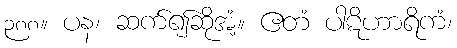
၃၈၈။ ပန၊ ဆက်၍ဆိုအံ့။ ဧတံ ပါဋိဟာရိကံ၊